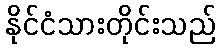
နိုင်ငံသားတိုင်းသည်